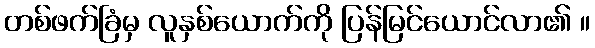
တစ်ဖက်ခြံမှ လူနှစ်ယောက်ကို ပြန်မြင်ယောင်လာ၏ ။